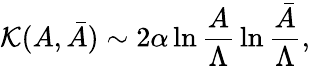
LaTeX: {\cal K}(A,\bar{A})\sim 2\alpha\ln{\frac{A}{\Lambda}}\ln{\frac{\bar{A}}{\Lambda}},